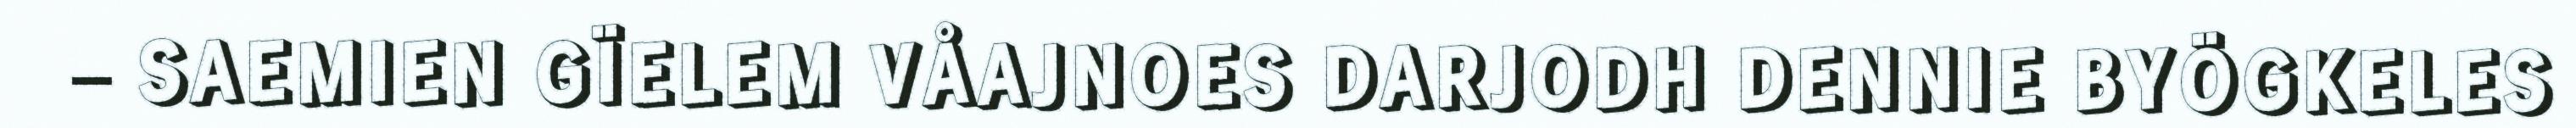
– SAEMIEN GÏELEM VÅAJNOES DARJODH DENNIE BYÖGKELES